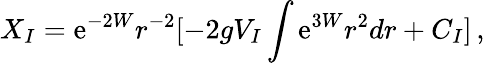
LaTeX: X_{I}=\mathrm{e}^{-2W}r^{-2}[-2gV_{I}\int\mathrm{e}^{3W}r^{2}dr+C_{I}]\, ,